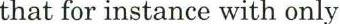
that for instance with only